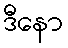
ဒီနော